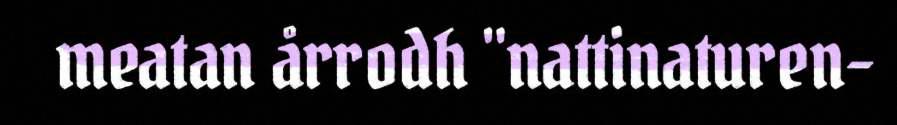
meatan årrodh "nattinaturen-